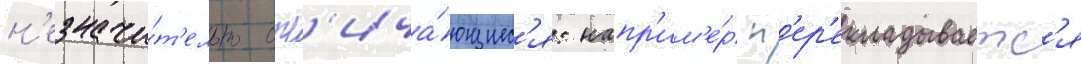
н'езначи́т'ельно отл'ича́ющиес'я: напр'им'е́р п'ер'екладываетс'я